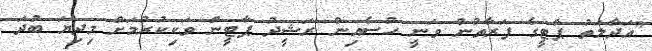
"އަދާލަތު ޕާޓީގެ ފަރާތުން ވަނީ ހުސެއިން ރަޝީދު ޕާޓީން ވަކިކުރުމަށް މިދިޔަ ބުދަ